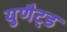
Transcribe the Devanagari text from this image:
युणैट्ड